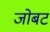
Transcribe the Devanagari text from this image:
जोबट